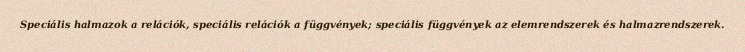
Speciális halmazok a relációk, speciális relációk a függvények; speciális függvények az elemrendszerek és halmazrendszerek.